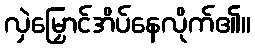
လှဲမြှောင်အိပ်နေလိုက်၏။